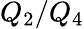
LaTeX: Q_{2}/Q_{4}